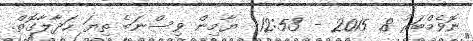
ނޮވެމްބަރު 8